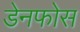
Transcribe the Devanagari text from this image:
डेनफोस